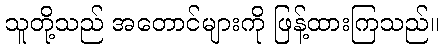
သူတို့သည် အတောင်များကို ဖြန့်ထားကြသည်။